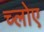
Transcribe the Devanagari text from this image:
च्लोए